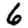
Digit: 6